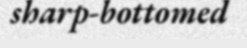
sharp-bottomed